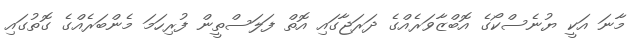
މާނަ އަކީ ޔުނެސްކޯގެ އޮބްޒާވަރެއްގެ ދަރަޖާގައި އޮތް ފަލަސްތީން ފުރިހަމަ މެންބަރެއްގެ ގޮތުގައި